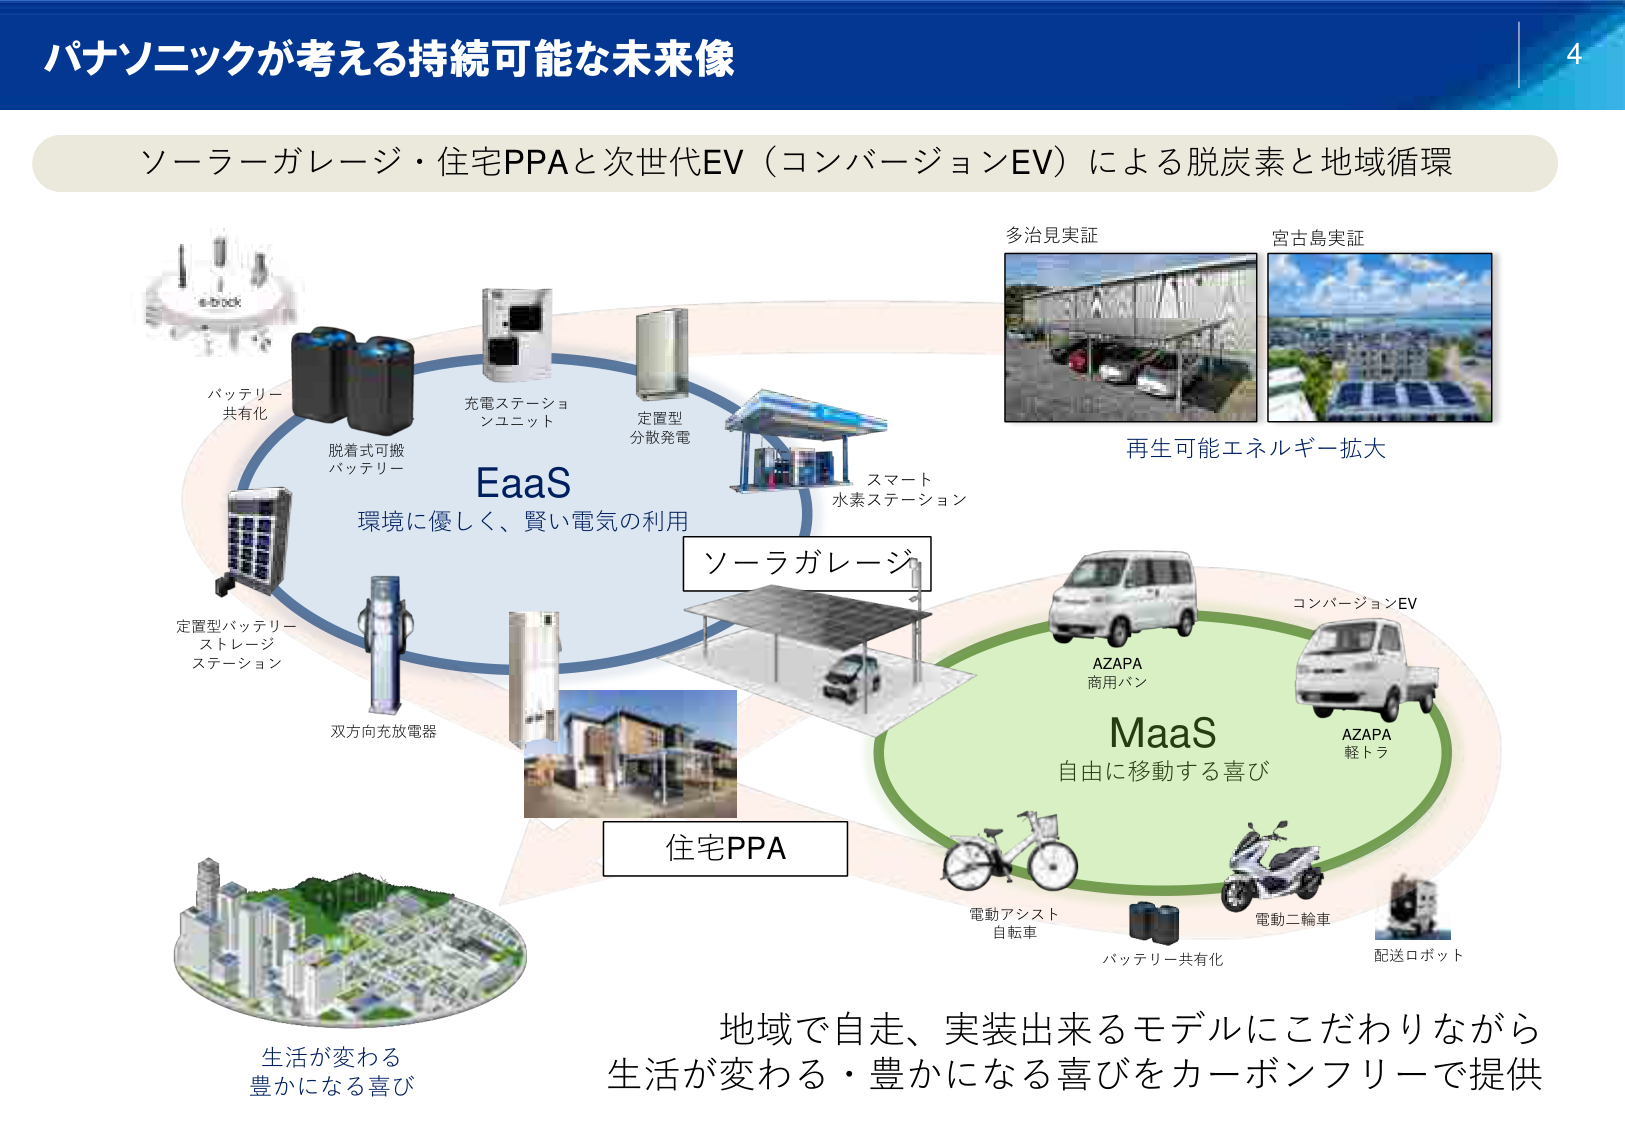
パナソニックが考える持続可能な未来像

ソーラーガレージ・住宅PPAと次世代EV（コンバージョンEV）による脱炭素と地域循環

多治見実証
宮古島実証
再生可能エネルギー拡大

バッテリー
共有化
脱着式可搬
バッテリー
充電ステーションユニット
定置型
分散発電
スマート
水素ステーション
EaaS
環境に優しく、賢い電気の利用
ソーラガレージ
定置型バッテリー
ストレージ
ステーション
双方向充放電器
住宅PPA
コンバージョンEV
AZAPA
商用バン
AZAPA
軽トラ
MaaS
自由に移動する喜び
電動アシスト
自転車
バッテリー共有化
電動二輪車
配送ロボット

生活が変わる
豊かになる喜び

地域で自走、実装出来るモデルにこだわりながら
生活が変わる・豊かになる喜びをカーボンフリーで提供

4